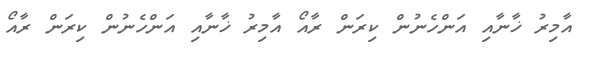
އާމިރު ޚާނާއި އަންހެނުން ކިރަން ރާއޯ އާމިރު ޚާނާއި އަންހެނުން ކިރަން ރާއޯ